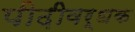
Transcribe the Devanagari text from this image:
पीढ़ीवर्धक